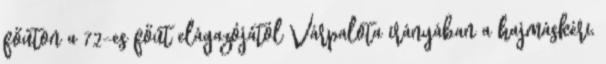
főúton a 72-es főút elágazójától Várpalota irányában a hajmáskéri,